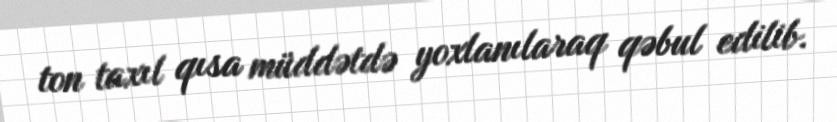
ton taxıl qısa müddətdə yoxlanılaraq qəbul edilib.